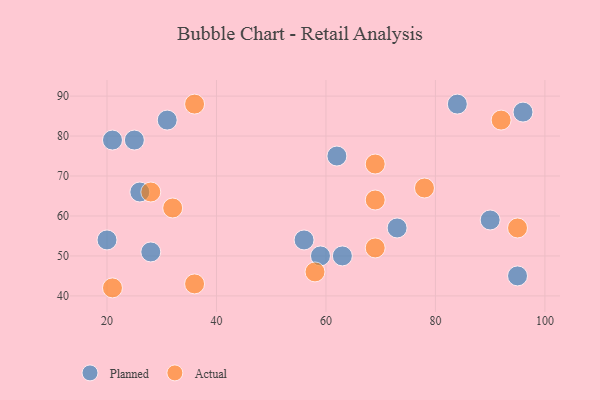
{"axis": {"x": "GDP", "y": "Life Expectancy"}, "legend": ["Actual", "Planned"], "data": [{"x": "28", "y": 51, "type": "Planned"}, {"x": "20", "y": 54, "type": "Planned"}, {"x": "73", "y": 57, "type": "Planned"}, {"x": "31", "y": 84, "type": "Planned"}, {"x": "63", "y": 50, "type": "Planned"}, {"x": "56", "y": 54, "type": "Planned"}, {"x": "90", "y": 59, "type": "Planned"}, {"x": "25", "y": 79, "type": "Planned"}, {"x": "21", "y": 79, "type": "Planned"}, {"x": "96", "y": 86, "type": "Planned"}, {"x": "95", "y": 45, "type": "Planned"}, {"x": "26", "y": 66, "type": "Planned"}, {"x": "62", "y": 75, "type": "Planned"}, {"x": "59", "y": 50, "type": "Planned"}, {"x": "84", "y": 88, "type": "Planned"}, {"x": "21", "y": 42, "type": "Actual"}, {"x": "58", "y": 46, "type": "Actual"}, {"x": "92", "y": 84, "type": "Actual"}, {"x": "28", "y": 66, "type": "Actual"}, {"x": "69", "y": 64, "type": "Actual"}, {"x": "36", "y": 88, "type": "Actual"}, {"x": "69", "y": 73, "type": "Actual"}, {"x": "36", "y": 43, "type": "Actual"}, {"x": "32", "y": 62, "type": "Actual"}, {"x": "78", "y": 67, "type": "Actual"}, {"x": "69", "y": 52, "type": "Actual"}, {"x": "95", "y": 57, "type": "Actual"}]}